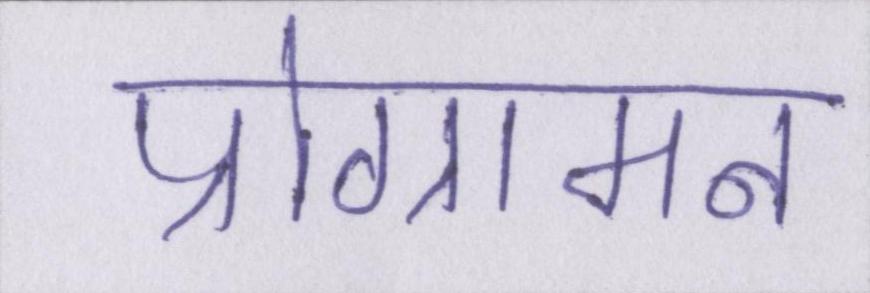
प्रोग्रामन